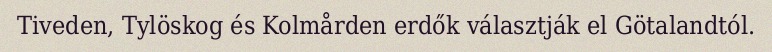
Tiveden, Tylöskog és Kolmården erdők választják el Götalandtól.